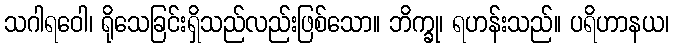
သဂါရဝေါ၊ ရိုသေခြင်းရှိသည်လည်းဖြစ်သော။ ဘိက္ခု၊ ရဟန်းသည်။ ပရိဟာနယ၊